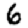
Digit: 6